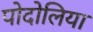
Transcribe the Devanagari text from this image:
पोदोलिया